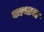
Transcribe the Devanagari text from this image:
काथाचा